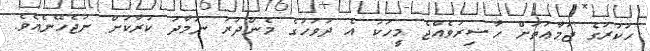
ހުކުރުގެ ޖަމާޢަތަށް ޙާޟިރުވެއްޖެ މީހަކު އެ ދުވަހުގެ މެންދުރު ނަމާދު ކުރާކަށް ނުޖެހޭނެއެވެ.